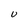
Character: U